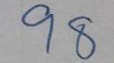
98